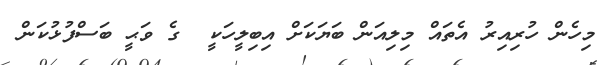
މިހެން ހުރިއިރު އެތައް މިލިއަން ބަޔަކަށް އިބިލީހަކީ  ގެ ވަޙީ ބަސްފުޅުކަން